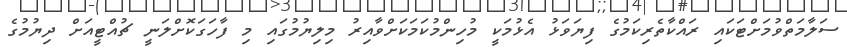
ސަލާމަތްވުމަށްޓަކައި ރައްކާތެރިކަމުގެ ފިޔަވަޅު އެޅުމަކީ މުހިންމުކަމަކަށްވާއިރު މިލިޔުމުގައި މި ފާހަގަކޮށްލަނީ ޗުއްޓީއަށް ދިޔުމުގެ